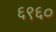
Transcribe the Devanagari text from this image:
६९६०